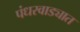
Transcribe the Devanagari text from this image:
पंधरवाड्यात